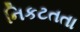
નિકટતતા